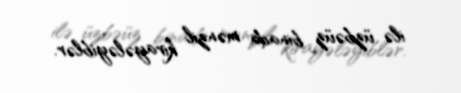
ilə üzbəüz binada mənzil kirayələyiblər.